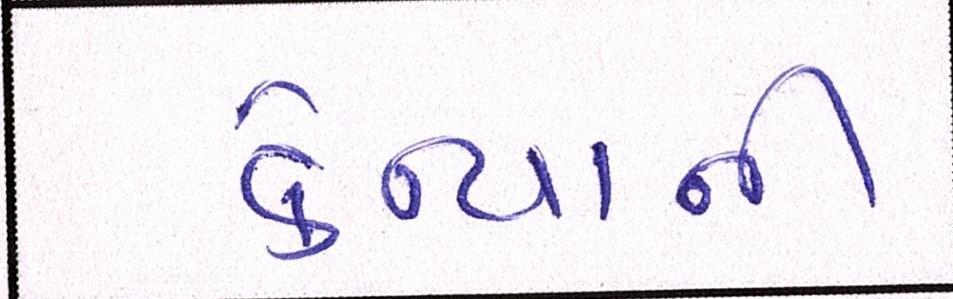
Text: કેન્યાની